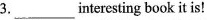
3. ___ interesting book it is!